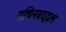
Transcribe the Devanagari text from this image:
सचिनबद्दल